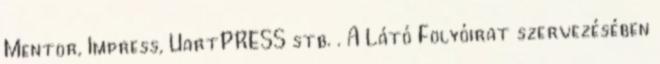
Mentor, Impress, UartPRESS stb. . A Látó Folyóirat szervezésében